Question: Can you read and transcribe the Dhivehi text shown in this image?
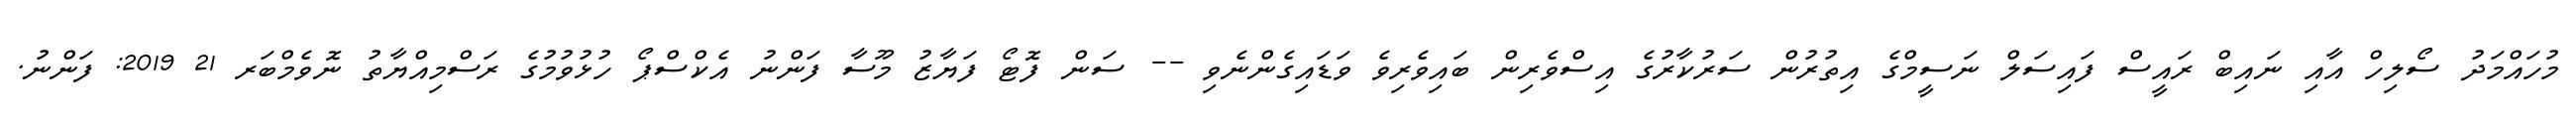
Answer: މުހައްމަދު ސޯލިހް އާއި ނައިބް ރައީސް ފައިސަލް ނަސީމްގެ އިތުރުން ސަރުކާރުގެ އިސްވެރިން ބައިވެރިވެ ވަޑައިގެންނެވި -- ސަން ފޮޓޯ ފަޔާޒު މޫސާ ފަންނު އެކްސްޕޯ ހުޅުވުމުގެ ރަސްމިއްޔާތު ނޮވެމްބަރ 21 2019: ފަންނު.